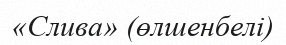
«Слива» (өлшенбелі)